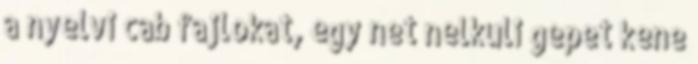
a nyelvi cab fajlokat, egy net nelkuli gepet kene